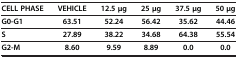
<table><thead><tr><td><b>CELL PHASE</b></td><td><b>VEHICLE</b></td><td><b>12.5 μg</b></td><td><b>25 μg</b></td><td><b>37.5 μg</b></td><td><b>50 μg</b></td></tr></thead><tbody><tr><td><b>G0-G1</b></td><td><b>63.51</b></td><td><b>52.24</b></td><td><b>56.42</b></td><td><b>35.62</b></td><td><b>44.46</b></td></tr><tr><td><b>S</b></td><td><b>27.89</b></td><td><b>38.22</b></td><td><b>34.68</b></td><td><b>64.38</b></td><td><b>55.54</b></td></tr><tr><td><b>G2-M</b></td><td><b>8.60</b></td><td><b>9.59</b></td><td><b>8.89</b></td><td><b>0.0</b></td><td><b>0.0</b></td></tr></tbody></table>